Lunatic asylums Central Provinces reports 1910-1926 - 1910-1926
Year: 1910
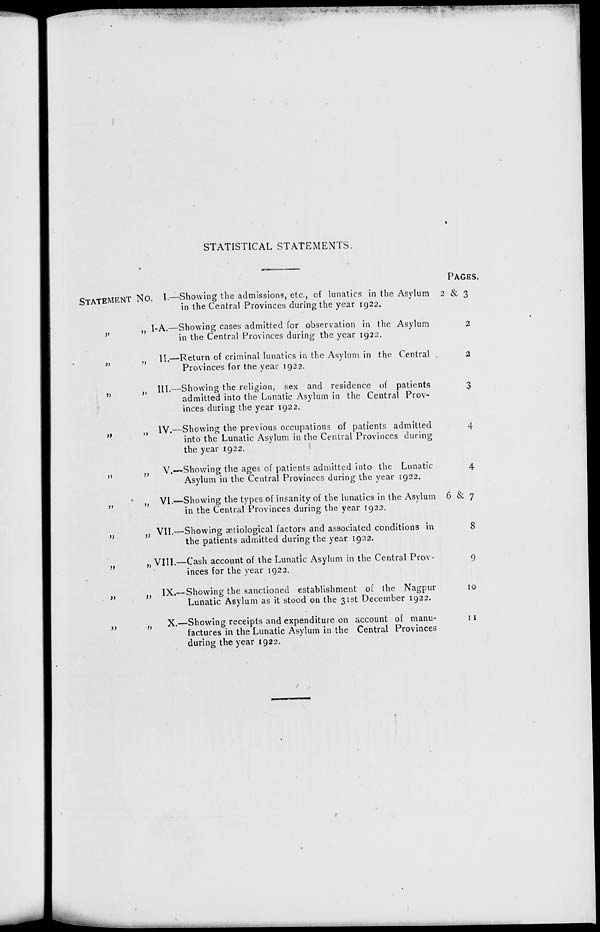
STATISTICAL STATEMENTS.
STATEMENT No
„ „
„ „
„ „
„ „
„ „
„ „
„ „
„ „
„ „
„ „
I.—Showing the admissions, etc., of lunatics in the Asylum
in the Central Provinces during the year 1922.
I-A.—Showing cases admitted for observation in the Asylum
in the Central Provinces during the year 1922.
II.—Return of criminal lunatics in the Asylum in the Central
Provinces for the year 1922.
III.—Showing the religion, sex and residence of patients
admitted into the Lunatic Asylum in the Central Prov-
inces during the year 1922.
IV.—Showing the previous occupations of patients admitted
into the Lunatic Asylum in the Central Provinces during
the year 1922.
V.—Showing the ages of patients admitted into the Lunatic
Asylum in the Central Provinces during the year 1922.
VI.—Showing the types of insanity of the lunatics in the Asylum
in the Central Provinces during the year 1922.
VII.—Showing ætiological factors and associated conditions in
the patients admitted during the year 1922.
VIII.—Cash account of the Lunatic Asylum in the Central Prov-
inces for the year 1922.
IX.—Showing the sanctioned establishment of the Nagpur
Lunatic Asylum as it stood on the 31st December 1922.
X.—Showing receipts and expenditure on account of manu-
factures in the Lunatic Asylum in the Central Provinces
during the year 1922.
PAGES.
2 & 3
2
2
3
4
4
6 & 7
8
9
10
11